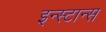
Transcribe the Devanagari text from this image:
इन्स्टान्स